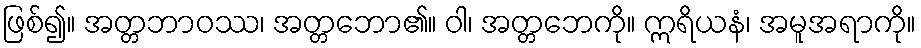
ဖြစ်၍။ အတ္တဘာဝဿ၊ အတ္တဘော၏။ ဝါ၊ အတ္တဘေကို။ ဣရိယနံ၊ အမူအရာကို။